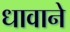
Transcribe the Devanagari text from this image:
धावाने